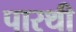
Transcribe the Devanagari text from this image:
पारथी